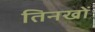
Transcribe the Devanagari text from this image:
तिनखों